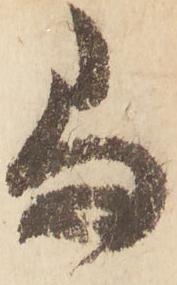
尚